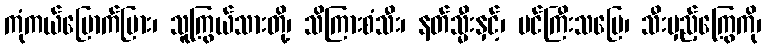
ကုံကယ်မြောက်မြား၊ သူကြွယ်သားတို့၊ သိကြားစံသီး၊ နတ်သ္မီးနှင့်၊ ပင်ကြီးသပြေ၊ သီးမှည့်ကြွေကို၊